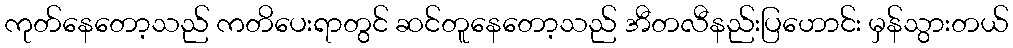
ကုတ်နေတော့သည် ကတိပေးရာတွင် ဆင်တူနေတော့သည် အီတလီနည်းပြဟောင်း မှန်သွားတယ်